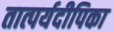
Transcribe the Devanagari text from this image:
तात्पर्यदीपिका